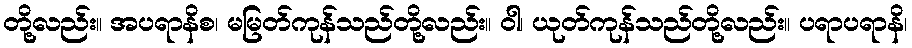
တို့လည်း။ အပရာနိစ၊ မမြတ်ကုန်သည်တို့လည်း။ ဝါ၊ ယုတ်ကုန်သည်တို့လည်း။ ပရာပရာနိ၊